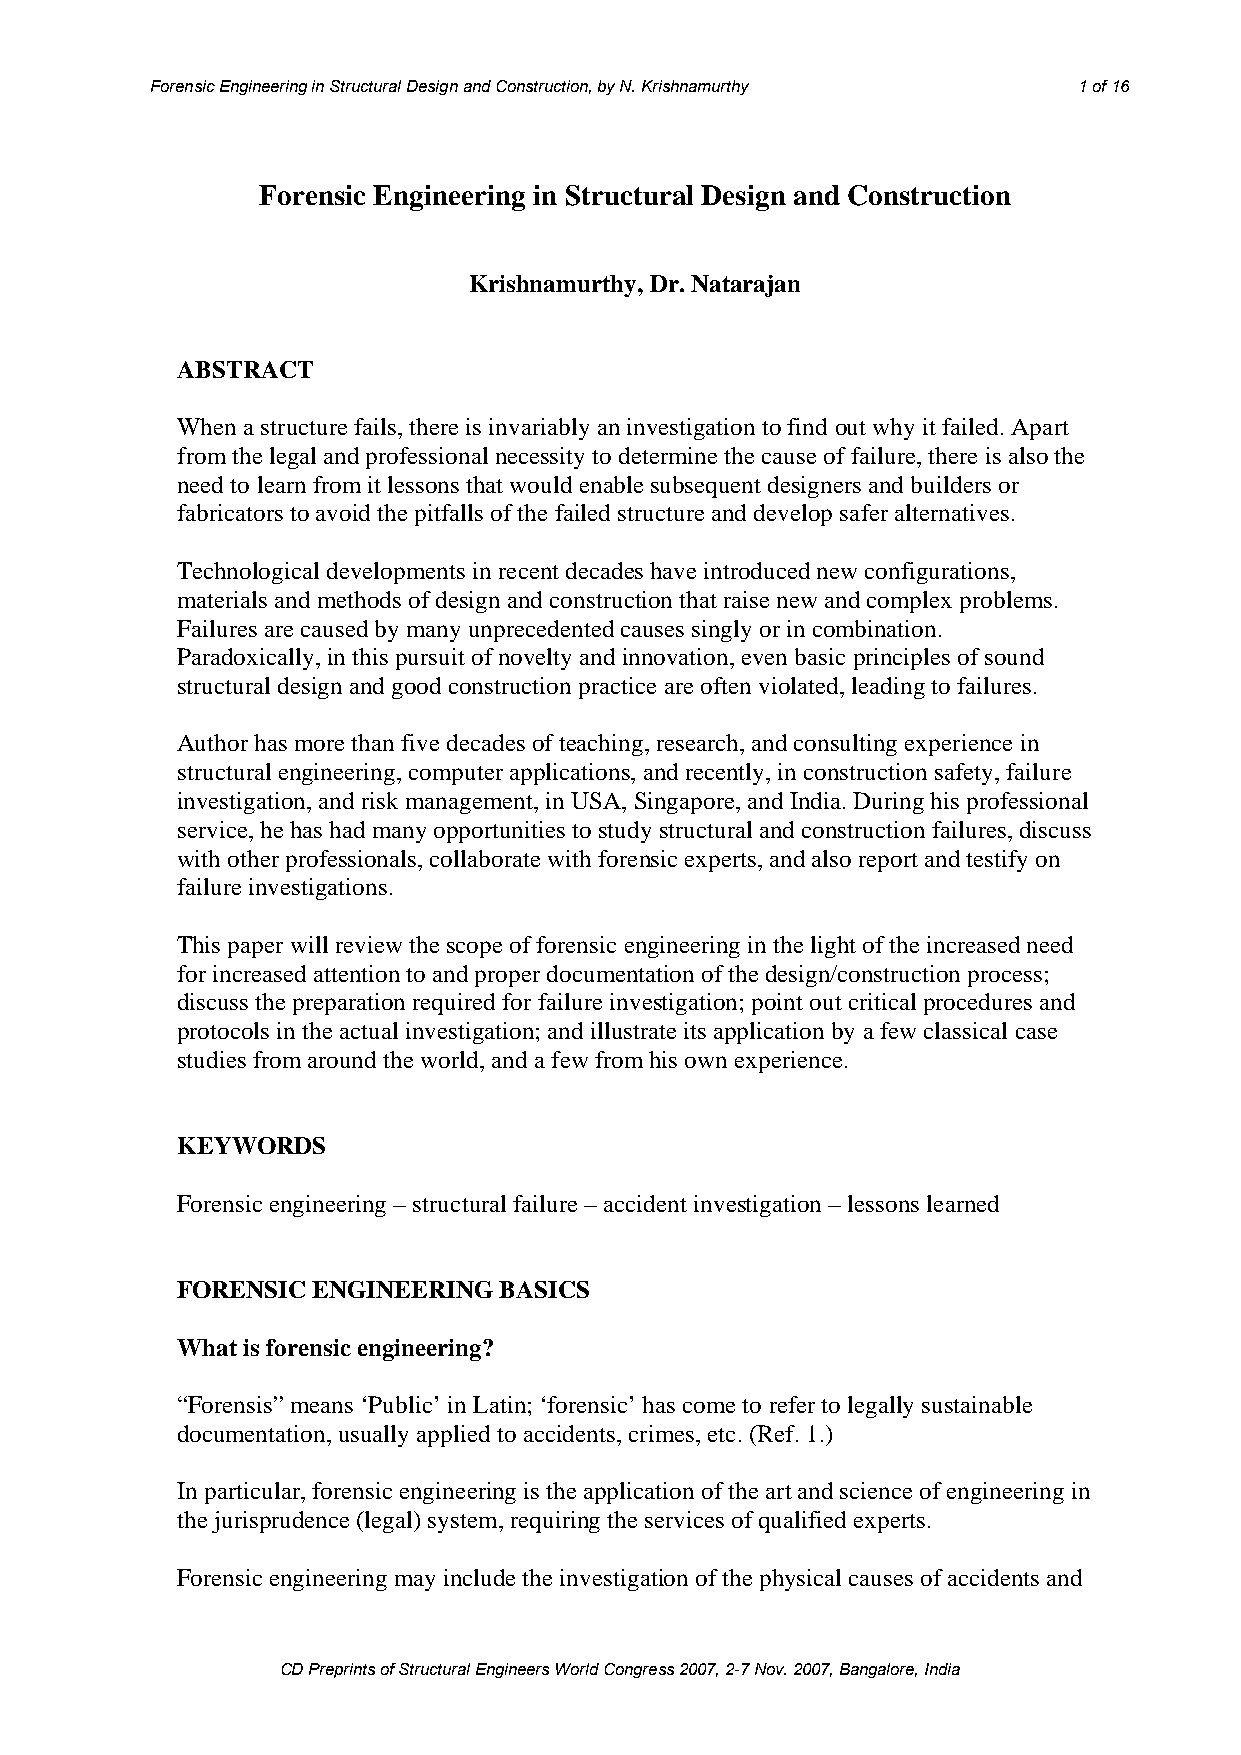
Forensic Engineering in Structural Design and Construction, by N. Krishnamurthy 1 of 16
 Forensic Engineering in Structural Design and Construction
 Krishnamurthy, Dr. Natarajan
 ABSTRACT
 When a structure fails, there is invariably an investigation to find out why it failed. Apart
 from the legal and professional necessity to determine the cause of failure, there is also the
 need to learn from it lessons that would enable subsequent designers and builders or
 fabricators to avoid the pitfalls of the failed structure and develop safer alternatives.
 Technological developments in recent decades have introduced new configurations,
 materials and methods of design and construction that raise new and complex problems.
 Failures are caused by many unprecedented causes singly or in combination.
 Paradoxically, in this pursuit of novelty and innovation, even basic principles of sound
 structural design and good construction practice are often violated, leading to failures.
 Author has more than five decades of teaching, research, and consulting experience in
 structural engineering, computer applications, and recently, in construction safety, failure
 investigation, and risk management, in USA, Singapore, and India. During his professional
 service, he has had many opportunities to study structural and construction failures, discuss
 with other professionals, collaborate with forensic experts, and also report and testify on
 failure investigations.
 This paper will review the scope of forensic engineering in the light of the increased need
 for increased attention to and proper documentation of the design/construction process;
 discuss the preparation required for failure investigation; point out critical procedures and
 protocols in the actual investigation; and illustrate its application by a few classical case
 studies from around the world, and a few from his own experience.
 KEYWORDS
 Forensic engineering – structural failure – accident investigation – lessons learned
 FORENSIC ENGINEERING BASICS
 What is forensic engineering?
 “Forensis” means ‘Public’ in Latin; ‘forensic’ has come to refer to legally sustainable
 documentation, usually applied to accidents, crimes, etc. (Ref. 1.)
 In particular, forensic engineering is the application of the art and science of engineering in
 the jurisprudence (legal) system, requiring the services of qualified experts.
 Forensic engineering may include the investigation of the physical causes of accidents and
 CD Preprints of Structural Engineers World Congress 2007, 2-7 Nov. 2007, Bangalore, India